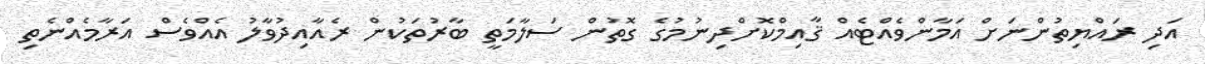
އަދި ރައްޔިތުންނަށް އަމާންވެއްޓެއް ޤާއިމްކޮށްދިނުމުގެ ގޮތުން ސަލާމަތީ ބާރުތަކުން ރެއާއިދުވާލު އެއްވެސް އަރާމެއްނެތި